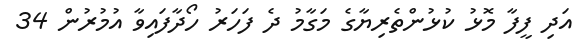
އަދި ފީފާ މޮޅު ކުޅުންތެރިޔާގެ މަގާމު ދެ ފަހަރު ހޯދާފައިވާ އުމުރުން 34